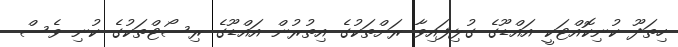
ހިތަދޫ ކުނިކޮއްޓަކީ އައްޑޫގެ ގުޅިފައިވާ ރަށްތަކުގެ އިތުރުން އައްޑޫގެ ރިސޯޓްތަކުގެ ކުނި ވެސް